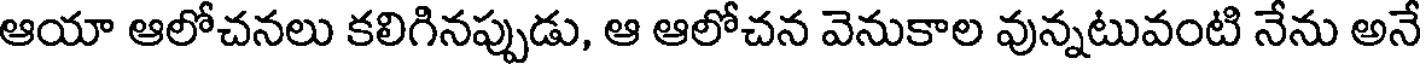
ఆయా ఆలోచనలు కలిగినప్పుడు, ఆ ఆలోచన వెనుకాల వున్నటువంటి నేను అనే